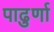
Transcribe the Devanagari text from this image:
पाढुर्णा